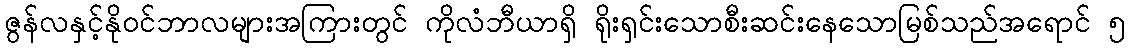
ဇွန်လနှင့်နိုဝင်ဘာလများအကြားတွင် ကိုလံဘီယာရှိ ရိုးရှင်းသောစီးဆင်းနေသောမြစ်သည်အရောင် ၅